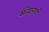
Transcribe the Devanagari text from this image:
संवेदनपूर्ण